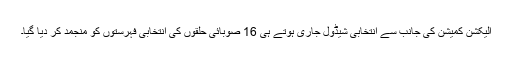
الیکشن کمیشن کی جانب سے انتخابی شیڈول جاری ہوتے ہی 16 صوبائی حلقوں کی انتخابی فہرستوں کو منجمد کر دیا گیا۔